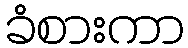
ခံစားကာ